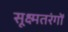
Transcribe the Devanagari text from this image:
सूक्ष्मतरंगों